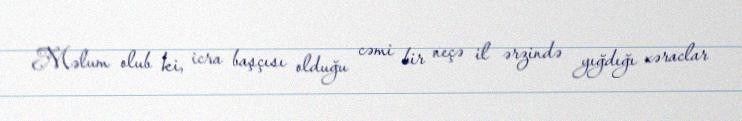
Məlum olub ki, icra başçısı olduğu cəmi bir neçə il ərzində yığdığı xəraclar